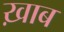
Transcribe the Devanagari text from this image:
ख़ाब